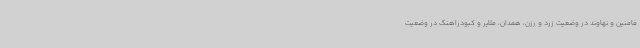
فامنین و نهاوند در وضعیت زرد و رزن، همدان، ملایر و کبودراهنگ در وضعیت